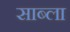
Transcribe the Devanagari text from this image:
साब्ला